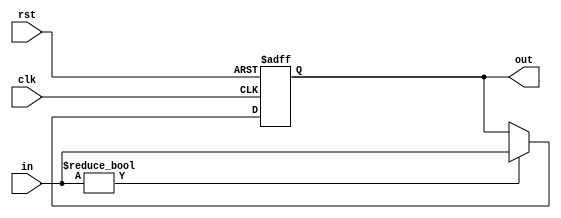
module OpHold(out, in, clk, rst);

input           clk;
input           rst;
input  [7:0]     in;
output [7:0]    out;
reg        [7:0]out;

always @(posedge clk or negedge rst)
begin
if(rst==0)
begin
out<=0;

end
else
begin
if(in != 8'd0)
begin
out<=in;

end
else
begin
out<=out;

end
end
end
endmodule